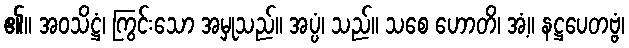
၏။ အဝသိဋ္ဌံ၊ ကြွင်းသော အမှုသည်။ အပ္ပံ၊ သည်။ သစေ ဟောတိ၊ အံ့။ နဋ္ဌပေတဗ္ဗံ၊